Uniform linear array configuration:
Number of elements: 64
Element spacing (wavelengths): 1
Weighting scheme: uniform
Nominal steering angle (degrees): -45
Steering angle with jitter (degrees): -45.976
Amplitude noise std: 0.05
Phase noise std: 0.05

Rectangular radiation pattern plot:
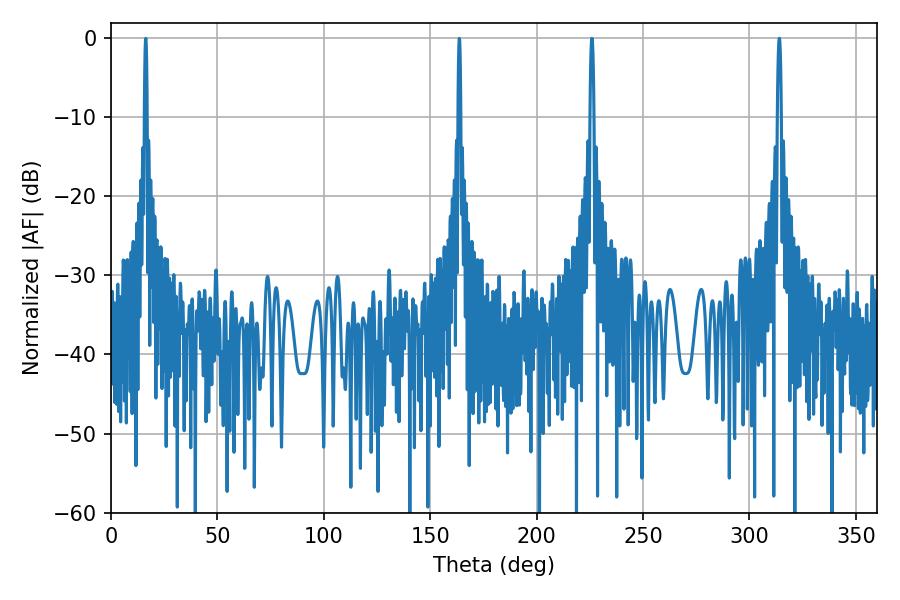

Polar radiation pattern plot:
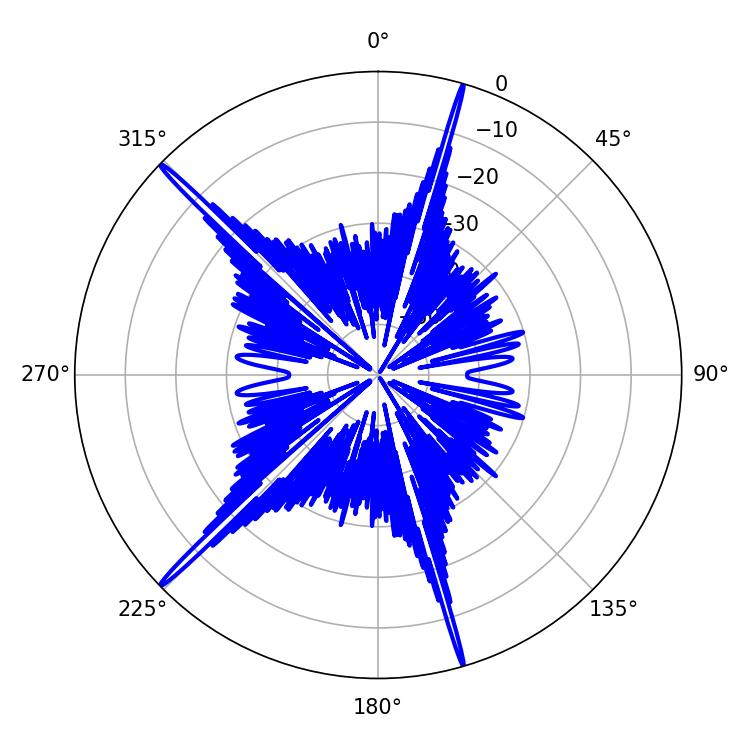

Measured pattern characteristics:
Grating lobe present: TRUE
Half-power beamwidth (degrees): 0.9
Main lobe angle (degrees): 225.9